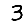
Digit: 3